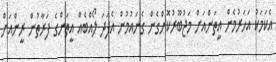
އެކަމަކު އަހަރުމެން އީތަންއަށް މަޖުބޫރުކޮށްގެން ގެނައުމުން އެފަދަ ލޯއްބެއް އީތަންގެ ފަރާތުން ރީންއަށް